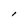
Character: l